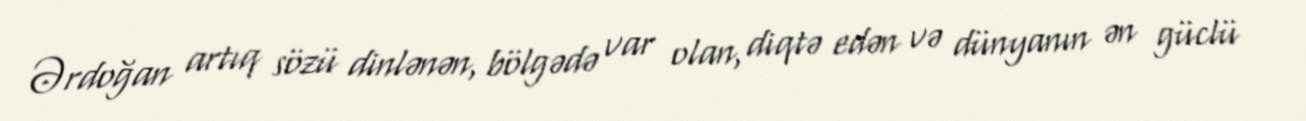
Ərdoğan artıq sözü dinlənən, bölgədə var olan, diqtə edən və dünyanın ən güclü